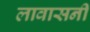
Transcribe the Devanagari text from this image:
लावासनी